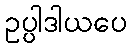
ဥပ္ပါဒါယပေ